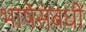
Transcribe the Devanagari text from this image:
भाषेसंबधीं